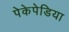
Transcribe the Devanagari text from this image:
पेकेपेडिया